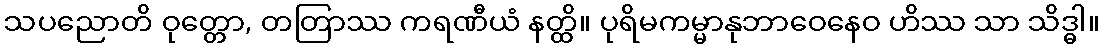
သပညောတိ ဝုတ္တော, တတြာဿ ကရဏီယံ နတ္ထိ။ ပုရိမကမ္မာနုဘာဝေနေဝ ဟိဿ သာ သိဒ္ဓါ။